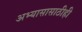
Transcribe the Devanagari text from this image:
अभ्यासासाठीही